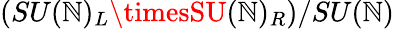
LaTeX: (SU(\mathbb{N})_{L}\timesSU(\mathbb{N})_{R})/SU(\mathbb{N})